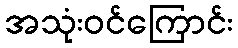
အသုံးဝင်ကြောင်း